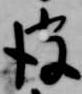
彼